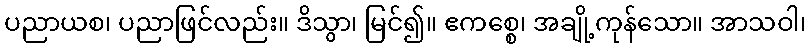
ပညာယစ၊ ပညာဖြင်လည်း။ ဒိသွာ၊ မြင်၍။ ဧကစ္စေ၊ အချို့ကုန်သော။ အာသဝါ၊